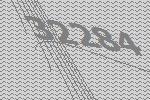
32284